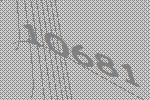
10681